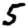
Digit: 5